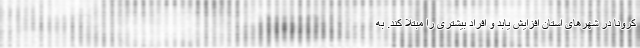
کرونا در شهرهای استان افزایش یابد و افراد بیشتری را مبتلا کند. به